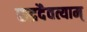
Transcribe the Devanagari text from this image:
रुद्रदैवत्याम्